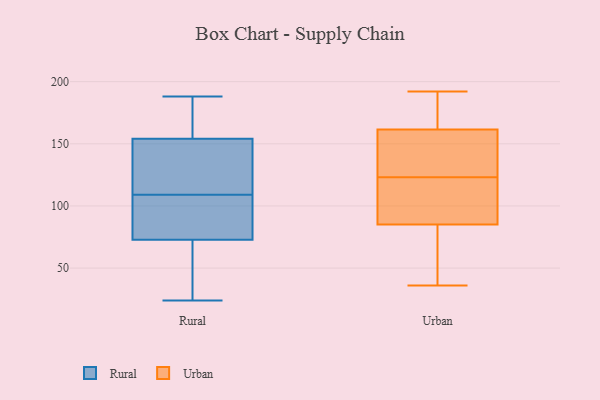
{"axis": {"x": "Temperature (°C)", "y": "Value"}, "legend": ["Rural", "Urban"], "data": [{"x": "", "y": 84, "type": "Rural"}, {"x": "", "y": 24, "type": "Rural"}, {"x": "", "y": 109, "type": "Rural"}, {"x": "", "y": 87, "type": "Rural"}, {"x": "", "y": 157, "type": "Rural"}, {"x": "", "y": 109, "type": "Rural"}, {"x": "", "y": 27, "type": "Rural"}, {"x": "", "y": 161, "type": "Rural"}, {"x": "", "y": 72, "type": "Rural"}, {"x": "", "y": 99, "type": "Rural"}, {"x": "", "y": 73, "type": "Rural"}, {"x": "", "y": 153, "type": "Rural"}, {"x": "", "y": 124, "type": "Rural"}, {"x": "", "y": 132, "type": "Rural"}, {"x": "", "y": 72, "type": "Rural"}, {"x": "", "y": 183, "type": "Rural"}, {"x": "", "y": 188, "type": "Rural"}, {"x": "", "y": 54, "type": "Urban"}, {"x": "", "y": 177, "type": "Urban"}, {"x": "", "y": 137, "type": "Urban"}, {"x": "", "y": 165, "type": "Urban"}, {"x": "", "y": 36, "type": "Urban"}, {"x": "", "y": 117, "type": "Urban"}, {"x": "", "y": 76, "type": "Urban"}, {"x": "", "y": 192, "type": "Urban"}, {"x": "", "y": 151, "type": "Urban"}, {"x": "", "y": 112, "type": "Urban"}, {"x": "", "y": 123, "type": "Urban"}]}